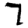
Digit: 7